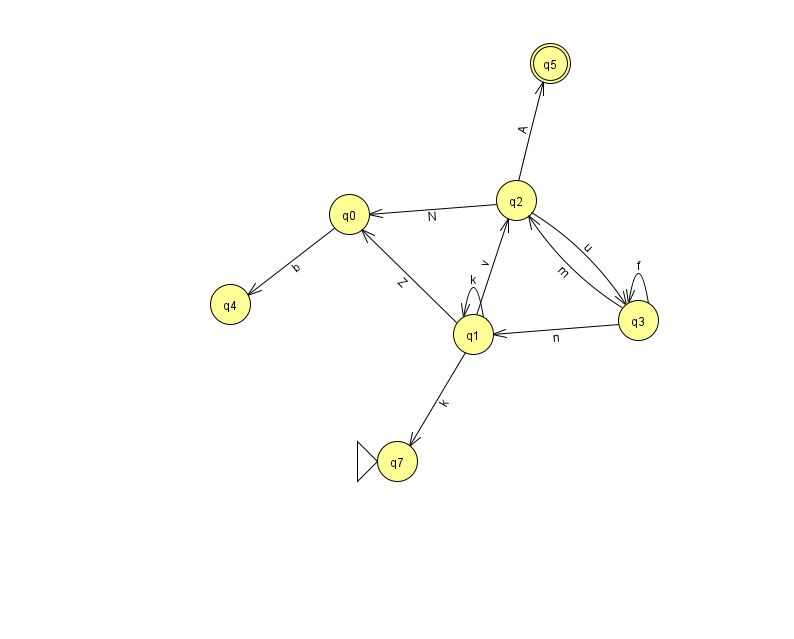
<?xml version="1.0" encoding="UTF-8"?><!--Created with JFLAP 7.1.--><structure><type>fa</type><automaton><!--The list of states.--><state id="0" name="q0"><x>349.0</x><y>201.0</y></state><state id="1" name="q1"><x>473.0</x><y>321.0</y></state><state id="2" name="q2"><x>516.0</x><y>187.0</y></state><state id="3" name="q3"><x>638.0</x><y>307.0</y></state><state id="4" name="q4"><x>230.0</x><y>291.0</y></state><state id="5" name="q5"><x>550.0</x><y>50.0</y><final/></state><state id="7" name="q7"><x>397.0</x><y>448.0</y><initial/></state><!--The list of transitions.--><transition><from>1</from><to>2</to><read>v</read></transition><transition><from>3</from><to>2</to><read>m</read></transition><transition><from>0</from><to>4</to><read>b</read></transition><transition><from>3</from><to>3</to><read>f</read></transition><transition><from>1</from><to>7</to><read>k</read></transition><transition><from>3</from><to>1</to><read>n</read></transition><transition><from>1</from><to>0</to><read>Z</read></transition><transition><from>2</from><to>3</to><read>u</read></transition><transition><from>1</from><to>1</to><read>k</read></transition><transition><from>2</from><to>0</to><read>N</read></transition><transition><from>2</from><to>5</to><read>A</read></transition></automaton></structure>